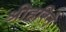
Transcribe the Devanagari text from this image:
श्रीहरिने